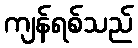
ကျန်ရစ်သည်